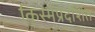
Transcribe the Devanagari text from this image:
किस्मेंप्रदर्शित